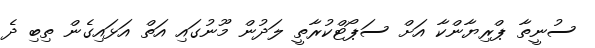
ސުނީތާ ޕްރިޔާންކާ އަށް ސަޕޯޓްކުރާތީ ލަދުން މޫނުގައި އަތް އަޅައިގެން ތިބި ދެ